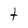
Character: t